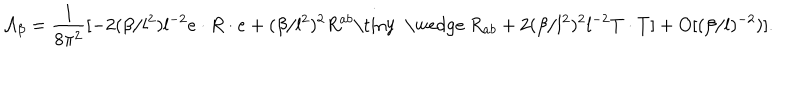
LaTeX: { \cal A } _ { \beta } = \frac { 1 } { 8 { \pi } ^ { 2 } } [ - 2 ( \beta / l ^ { 2 } ) l ^ { - 2 } e \cdot R \cdot e + ( \beta / l ^ { 2 } ) ^ { 2 } R ^ { a b } { \mathrm { \tiny ~ \wedge ~ } } R _ { a b } + 2 ( \beta / l ^ { 2 } ) ^ { 2 } l ^ { - 2 } T \cdot T ] + O [ ( \beta / l ) ^ { - 2 } ) ] .